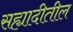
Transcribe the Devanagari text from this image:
सह्यादीतील